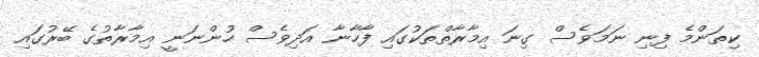
ކިތަންމެ ފިނި ނަމަވެސް ގިނަ އިމާރާތްތަކުގައި ފާހާނާ އަދިވެސް ހުންނަނީ އިމާރާތުގެ ބޭރުގައި